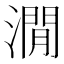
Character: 㵎